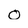
Character: O